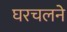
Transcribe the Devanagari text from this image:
घरचलने